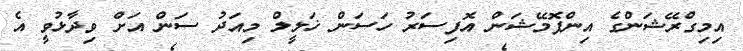
އިމިގްރޭޝަންގެ އިންފޮމޭޝަން އޮފިސަރު ހަސަން ޚަލީލް މިއަދު ސަން އަށް ވިދާޅުވީ އެ